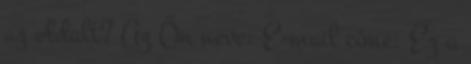
az oldalt? Az Ön neve: E-mail címe: Ez a